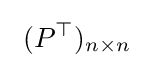
\ (P^{\top })_{n\times n}\